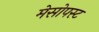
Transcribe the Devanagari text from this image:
मेसोपस्ट